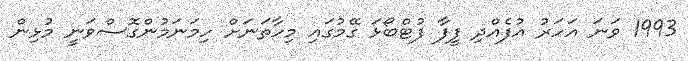
1993 ވަނަ އަހަރު އުފެއްދި ފީފާ ފުޓްބޯޅަ ގޭމުގައި މިހާތަނަށް ހިމަނަމުންގޮސްވަނީ މުޅިން